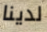
لدينا